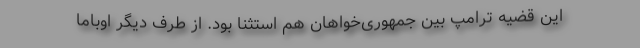
این قضیه ترامپ بین جمهوری‌خواهان هم استثنا بود. از طرف دیگر اوباما